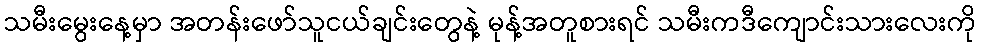
သမီးမွေးနေ့မှာ အတန်းဖော်သူငယ်ချင်းတွေနဲ့ မုန့်အတူစားရင် သမီးကဒီကျောင်းသားလေးကို